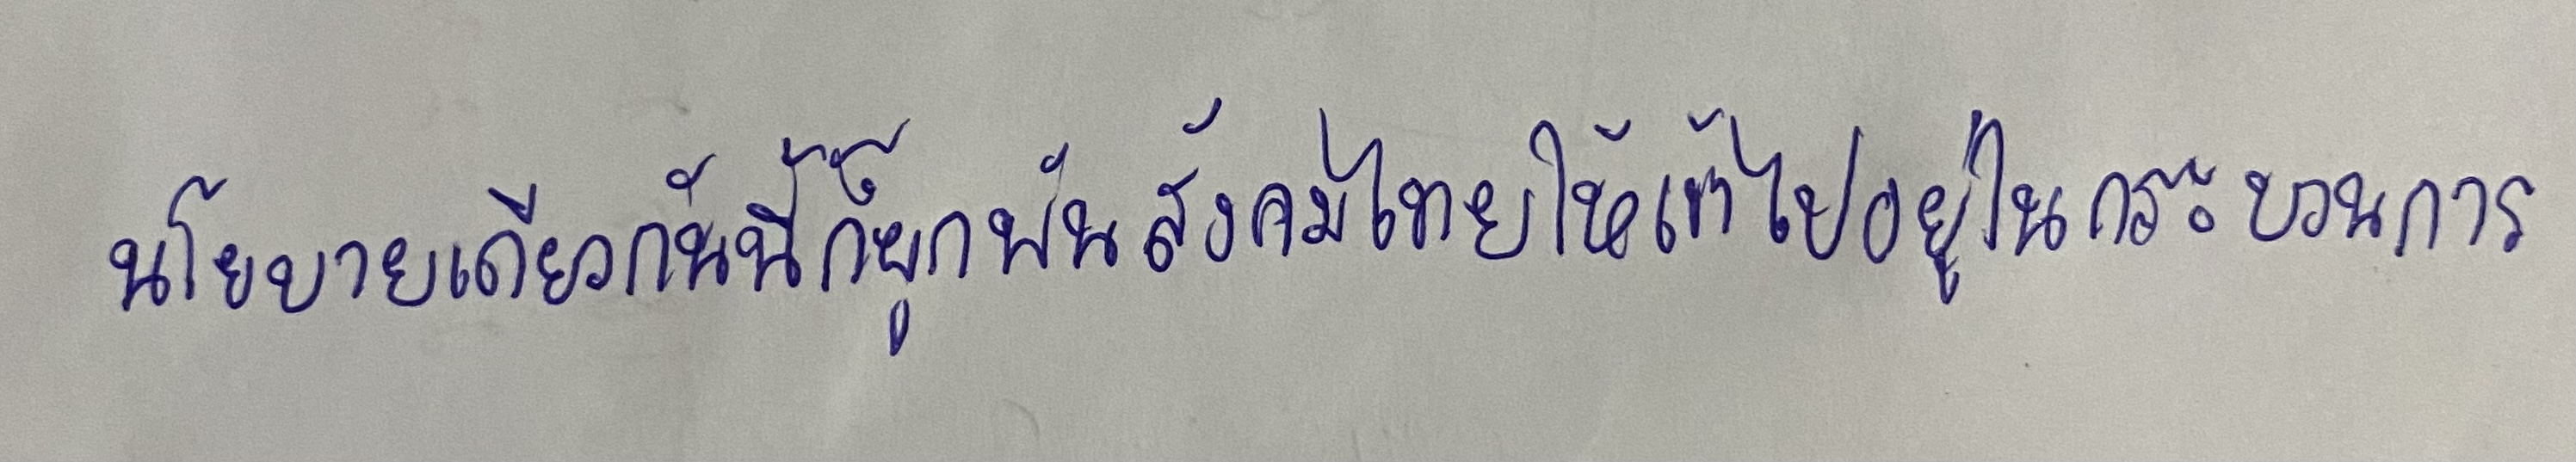
นโยบายเดียวกันนี้ก็ผูกพันสังคมไทยให้เข้าไปอยู่ในกระบวนการ